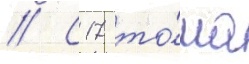
// С 17 то́ма